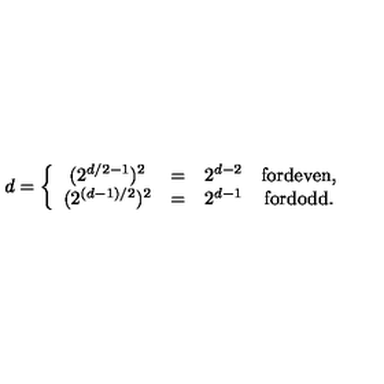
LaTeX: d = \left\{ \begin{array} { c c c c } { ( 2 ^ { d / 2 - 1 } ) ^ { 2 } } & { = } & { 2 ^ { d - 2 } } & { \mathrm { f o r d e v e n , } } \\ { ( 2 ^ { ( d - 1 ) / 2 } ) ^ { 2 } } & { = } & { 2 ^ { d - 1 } } & { \mathrm { f o r d o d d } . } \\ \end{array} \right.